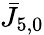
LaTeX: \bar{J}_{5,0}